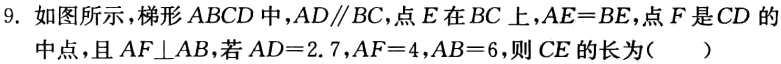
9. 如图所示梯形 \(ABCD\)中，\(AD\parallel BC\)，点\(E\)在 \(BC\)上，\(AE = BE\)，点\(F\)是\(CD\) 的中点，且 \(AF\perp AB\)，若 \(AD = 2.7\)，\(AF = 4\)，\(AB = 6\)，则 \(CE\) 的长为（  ）